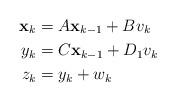
LaTeX: \begin{align*}\mathbf{x}_{k} & =A\mathbf{x}_{k-1}+Bv_{k}\\y_{k} & =C\mathbf{x}_{k-1}+D_{1}v_{k}\\z_{k} & =y_{k}+w_{k}\end{align*}